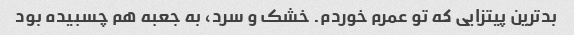
بدترین پیتزایی که تو عمرم خوردم. خشک و سرد، به جعبه هم چسبیده بود